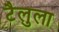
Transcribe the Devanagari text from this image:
टैलुला